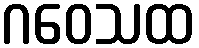
ဂဝေသထ